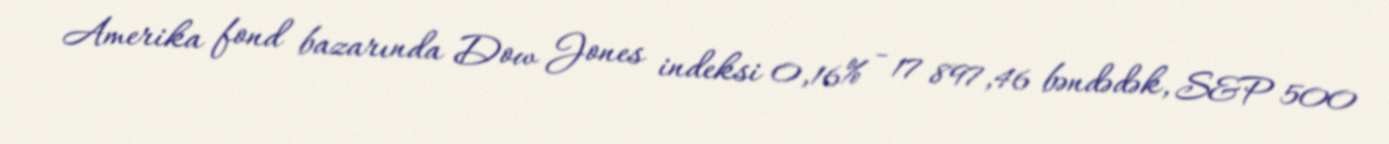
Amerika fond bazarında Dow Jones indeksi 0,16% - 17 897,46 bəndədək, S&P 500